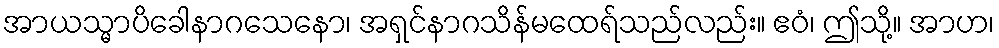
အာယသ္မာပိခေါနာဂသေနော၊ အရှင်နာဂသိန်မထေရ်သည်လည်း။ ဧဝံ၊ ဤသို့။ အာဟ၊